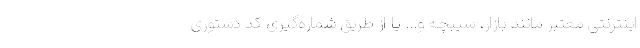
اینترنتی معتبر مانند بازار، سیبچه و... یا از طریق شماره‌گیری کد دستوری